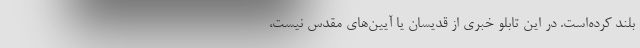
بلند کرده‌است. در این تابلو خبری از قدیسان یا آیین‌های مقدس نیست،